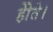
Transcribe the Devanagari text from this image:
होेते।